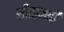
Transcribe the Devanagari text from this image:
सीता़मढी़